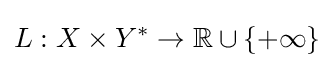
L:X\times Y^{*}\to \mathbb {R} \cup \{+\infty \}